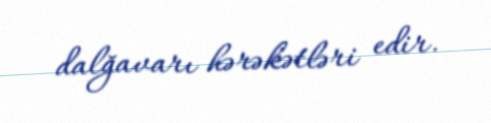
dalğavarı hərəkətləri edir.